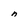
Character: n